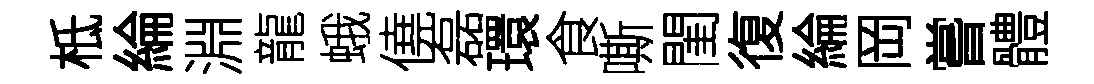
柢綸淵龍蛾僥磊環食嘶閨復綸岡嘗體